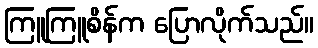
ကြူကြူစိန်က ပြောလိုက်သည်။